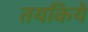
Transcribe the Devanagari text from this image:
तयकिये